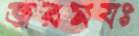
জরমযঃ